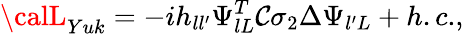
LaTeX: {\calL}_{Yuk}=-ih_{ll^{\prime}}\Psi_{lL}^{T}\mathcal{C}\sigma_{2}\Delta\Psi_{l^{\prime}L}+{h.c.},